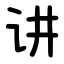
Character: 讲